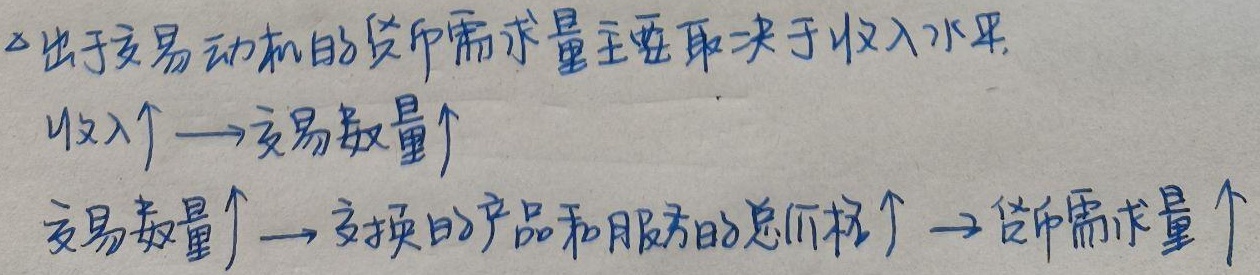
出于交易动机的货币需求量主要取决于收入水平. 收入↑→交易数量↑，交易数量↑→交换的产品和服务的总价格↑→货币需求量↑